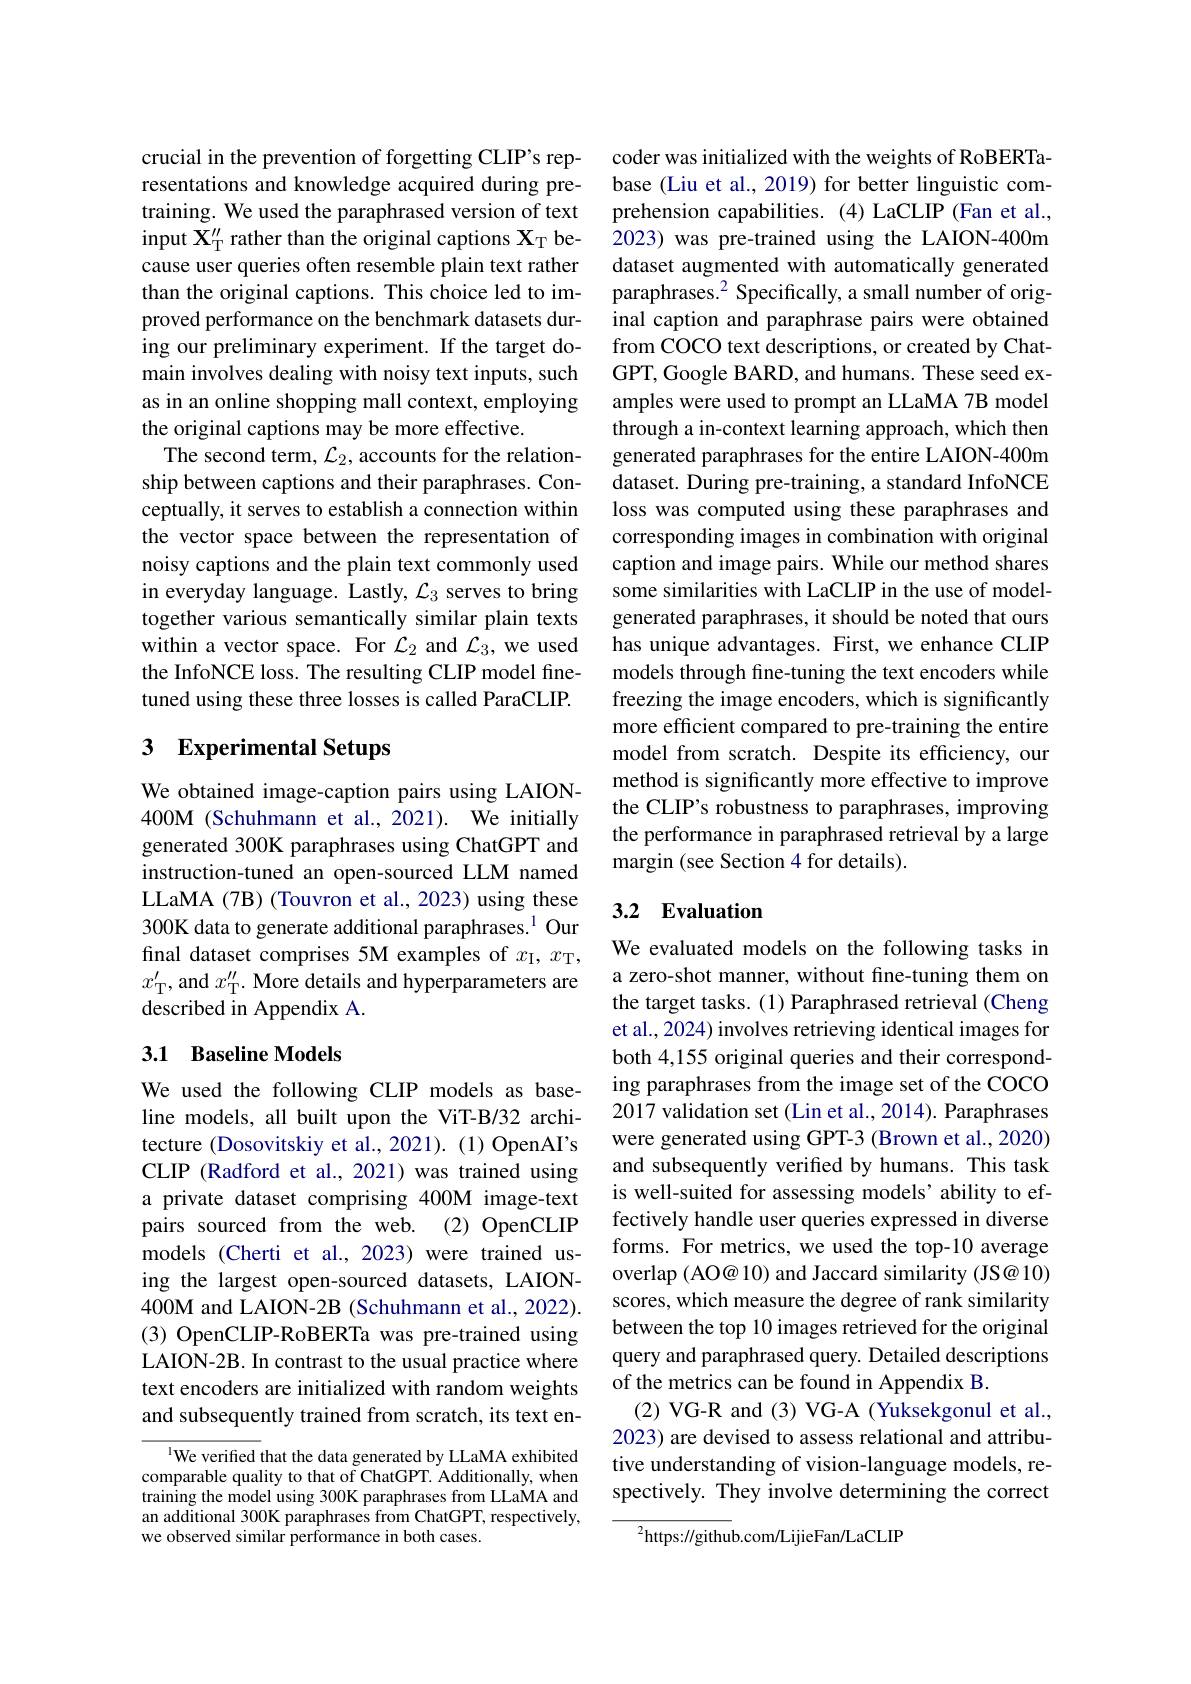
crucial in the prevention of forgetting CLIP's representations and knowledge acquired during pretraining. We used the paraphrased version of text input $\mathbf{X}_{\mathrm{T}}^{\prime\prime}$ rather than the original captions $\mathbf{X}_{\mathrm{T}}$ because user queries often resemble plain text rather than the original captions. This choice led to improved performance on the benchmark datasets during our preliminary experiment. If the target domain involves dealing with noisy text inputs, such as in an online shopping mall context, employing the original captions may be more effective.
The second term, $\mathcal{L}_2$, accounts for the relationship between captions and their paraphrases. Conceptually, it serves to establish a connection within the vector space between the representation of noisy captions and the plain text commonly used in everyday language. Lastly, $\mathcal{L}_3$ serves to bring together various semantically similar plain texts within a vector space. For $\mathcal{L}_2$ and $\mathcal{L}_3$, we used the InfoNCE loss. The resulting CLIP model finetuned using these three losses is called ParaCLIP.

## 3 Experimental Setups

We obtained image-caption pairs using LAION- 400M (Schuhmann et al.,2021). We initially generated 300K paraphrases using ChatGPT and instruction-tuned an open-sourced LLM named LLaMA (7B) (Touvron et al., 2023) using these 300K data to generate additional paraphrases.$^{1}$ Our final dataset comprises 5M examples of $x_\mathrm{I},x_\mathrm{T}$, $x_{\mathrm{T}}^{\prime}$, and $x_\mathrm{T}^{\prime\prime}.$ More details and hyperparameters are described in Appendix A.

## 3.1 Baseline Models

We used the following CLIP models as baseline models, all built upon the ViT-B/32 architecture (Dosovitskiy et al., 2021). (1) OpenAI's CLIP (Radford et al., 2021) was trained using a private dataset comprising 400M image-text pairs sourced from the web. (2) OpenCLIP models (Cherti et al., 2023) were trained using the largest open-sourced datasets, LAION- 400M and LAION-2B (Schuhmann et al., 2022). (3) OpenCLIP-RoBERTa was pre-trained using LAION-2B. In contrast to the usual practice where text encoders are initialized with random weights and subsequently trained from scratch, its text en-

$^{1}$We verified that the data generated by LLaMA exhibited comparable quality to that of ChatGPT. Additionally, when training the model using 300K paraphrases from LLaMA and an additional 300K paraphrases from ChatGPT, respectively, we observed similar performance in both cases.

coder was initialized with the weights of RoBERTabase (Liu et al., 2019) for better linguistic comprehension capabilities. (4) LaCLIP (Fan et al., 2023) was pre-trained using the LAION-400m dataset augmented with automatically generated paraphrases.$^2$ Specifically, a small number of original caption and paraphrase pairs were obtained from COCO text descriptions, or created by ChatGPT, Google BARD, and humans. These seed examples were used to prompt an LLaMA 7B model through a in-context learning approach, which then generated paraphrases for the entire LAION-400m dataset. During pre-training, a standard InfoNCE loss was computed using these paraphrases and corresponding images in combination with original caption and image pairs. While our method shares some similarities with LaCLIP in the use of modelgenerated paraphrases, it should be noted that ours has unique advantages. First, we enhance CLIP models through fine-tuning the text encoders while freezing the image encoders, which is significantly more efficient compared to pre-training the entire model from scratch. Despite its efficiency, our method is significantly more effective to improve the CLIP's robustness to paraphrases, improving the performance in paraphrased retrieval by a large margin (see Section 4 for details).

## 3.2 Evaluation

We evaluated models on the following tasks in a zero-shot manner, without fine-tuning them on the target tasks. (1) Paraphrased retrieval (Cheng et al., 2024) involves retrieving identical images for both 4,155 original queries and their corresponding paraphrases from the image set of the COCO 2017 validation set (Lin et al., 2014). Paraphrases were generated using GPT-3 (Brown et al., 2020) and subsequently verified by humans. This task is well-suited for assessing models’ability to effectively handle user queries expressed in diverse forms. For metrics, we used the top-10 average overlap (AO@ 10) and Jaccard similarity (JS@ 10) scores, which measure the degree of rank similarity between the top 10 images retrieved for the original query and paraphrased query. Detailed descriptions of the metrics can be found in Appendix B.
(2) VG-R and (3) VG-A (Yuksekgonul et al., 2023) are devised to assess relational and attributive understanding of vision-language models, respectively. They involve determining the correct

$^{2}$https://github.com/LijieFan/LaCLIP